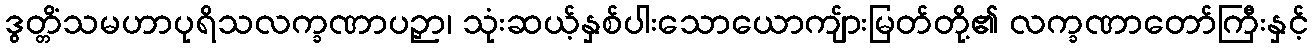
ဒွတ္တိံသမဟာပုရိသလက္ခဏာပဉှာ၊ သုံးဆယ့်နှစ်ပါးသောယောကျ်ားမြတ်တို့၏ လက္ခဏာတော်ကြီးနှင့်